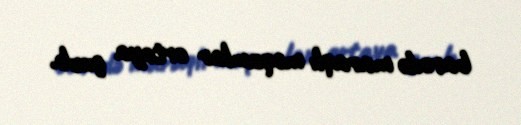
barədə maraqlı məqamlar ortaya çıxıb.